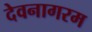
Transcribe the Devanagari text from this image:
देवनागरम